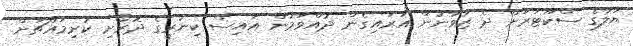
ޔަލާގެ ސްކޫޓަރަށް ދެ ޒުވާނުން އަރައިގެން ދުއްވަމުން އައިސް ކިނާރީގެ ދޮރޯށި ކުރިމައްޗަށް